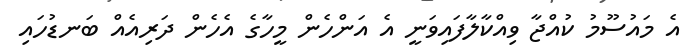
އެ މައުސޫމު ކުއްޖާ ވިއްކާލާފައިވަނީ އެ އަންހެން މީހާގެ އެހެން ދަރިއެއް ބަނޑުހައި